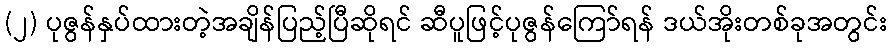
(၂) ပုဇွန်နှပ်ထားတဲ့အချိန်ပြည့်ပြီဆိုရင် ဆီပူဖြင့်ပုဇွန်ကြော်ရန် ဒယ်အိုးတစ်ခုအတွင်း